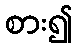
စား၍